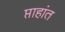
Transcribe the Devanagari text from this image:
प्ताहांत